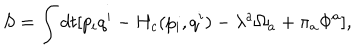
LaTeX: S = \int d t [ p _ { i } q ^ { i } - H _ { c } ( p _ { i } , q ^ { i } ) - \lambda ^ { a } \Omega _ { a } + \pi _ { a } \Phi ^ { a } ] ,